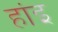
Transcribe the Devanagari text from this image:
हांइ